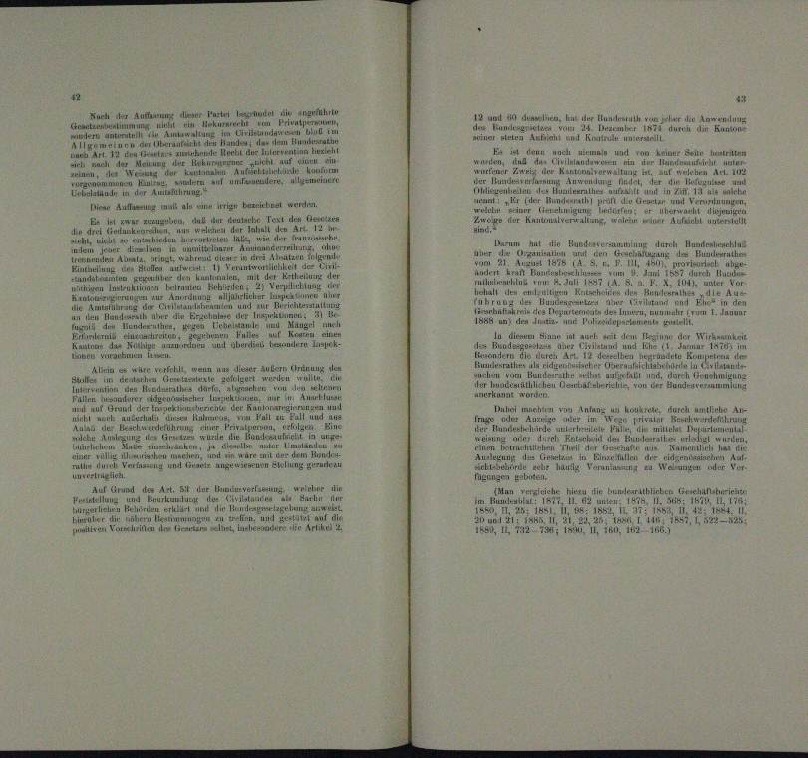
n der anderung der
.
ennen von Male

er

 A an werde.
en
on

a

n
n
n
u.

n
u

22. 221 Verpellanten

.
a
denn eine
a

 A verfehl wann nur dieser au
 rinung der
dete un
des
.
a

n
Auar
nr
a
e
.
a
Malten.

e
e
rud
n
u
n
.
ne
n

.
e
Arm
 it der verung vo
n
.
.
Hierüber dir und

lot die ange
n

n

d Aus der Hundern ver

24

Mane Seite in
cn und von

esandten er in der
n
r
en und
an
.

und

i   der Greten und Veröfnung
n

urch Ausdensel
darum hi
de Seestrennerung
denen

n

u

.

.

,Bunma

wieder
.
trauen Eine
Banne der Wirksamer
u
n
n

u
.

u
im kannten

.
Auhe machen v
outrete,

Hang
u

.
n

iche hiezu ein Hundesrathen Erschie
n
e

n

2

e